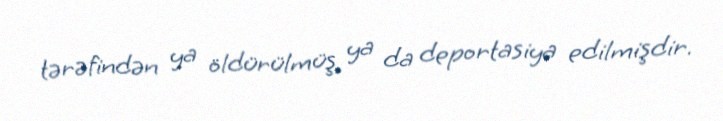
tərəfindən ya öldürülmüş, ya da deportasiya edilmişdir.